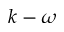
k - \omega